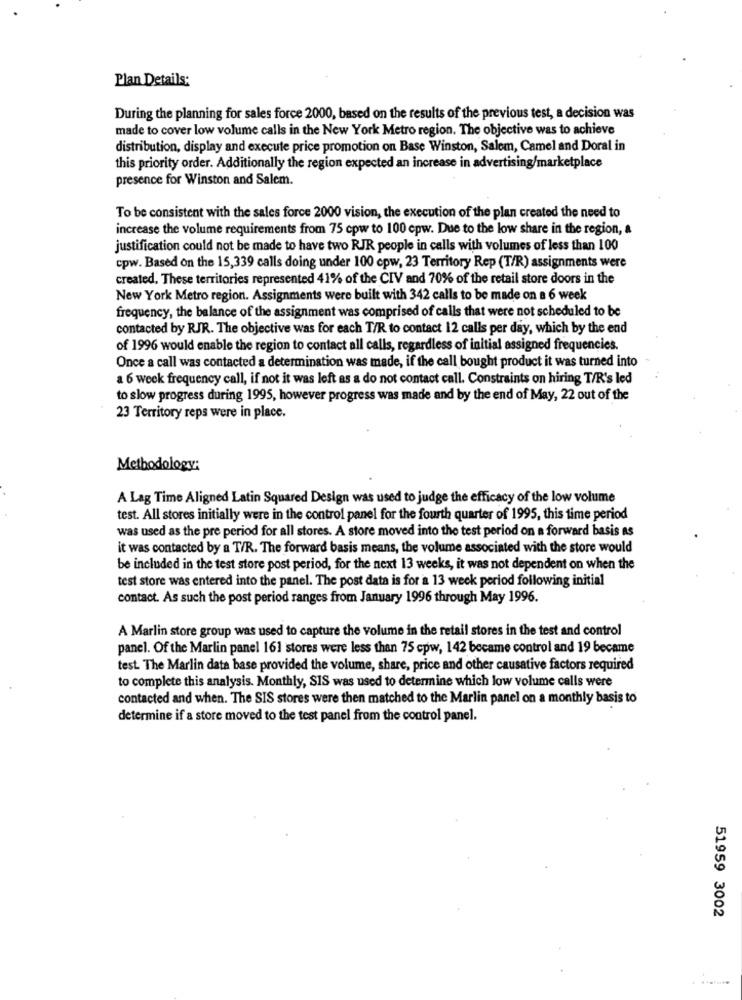
Plan Details:
During the planning for sales force 2000, based on the results of the previous test, a decision was
made to cover low volume calls in the New York Metro region. The objective was to achieve
distribution, display and execute price promotion on Base Winston, Salem, Camel and Doral in
this priority order. Additionally the region expected an increase in advertising/marketplace
presence for Winston and Salem.
To be consistent with the sales force 2000 vision, the execution of the plan created the need to
increase the volume requirements from 75 cpw to 100 cpw. Due to the low share in the region, a
justification could not be made to have two RJR people in calls with volumes of less than 100
cpw. Based on the 15,339 calls doing under 100 cpw, 23 Territory Rep (T/R) assignments were
created. These territories represented 41% of the CIV and 70% of the retail store doors in the
New York Metro region. Assignments were built with 342 calls to be made on a 6 week
frequency, the balance of the assignment was comprised of calls that were not scheduled to be
contacted by RJR. The objective was for each T/R to contact 12 calls per day, which by the end
of 1996 would enable the region to contact all calls, regardless of initial assigned frequencies.
Once a call was contacted a determination was made, if the call bought product it was turned into
a 6 week frequency call, if not it was left as a do not contact call. Constraints on hiring T/R's led
to slow progress during 1995, however progress was made and by the end of May, 22 out of the
23 Territory reps were in place.
Methodology:
A Lag Time Aligned Latin Squared Design was used to judge the efficacy of the low volume
test. All stores initially were in the control panel for the fourth quarter of 1995, this time period
was used as the pre period for all stores. A store moved into the test period on a forward basis as
it was contacted by a T/R. The forward basis means, the volume associated with the store would
be included in the test store post period, for the next 13 weeks, it was not dependent on when the
test store was entered into the panel. The post data is for a 13 week period following initial
contact. As such the post period ranges from January 1996 through May 1996.
A Marlin store group was used to capture the volume in the retail stores in the test and control
panel. Of the Marlin panel 161 stores were less than 75 cpw, 142 became control and 19 became
test. The Marlin data base provided the volume, share, price and other causative factors required
to complete this analysis. Monthly, SIS was used to determine which low volume calls were
contacted and when. The SIS stores were then matched to the Marlin panel on a monthly basis to
determine if a store moved to the test panel from the control panel.
51959 3002